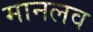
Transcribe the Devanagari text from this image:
मानलव